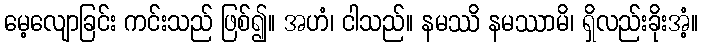
မေ့လျောခြင်း ကင်းသည် ဖြစ်၍။ အဟံ၊ ငါသည်။ နမဿိ နမဿာမိ၊ ရှိလည်းခိုးအံ့။